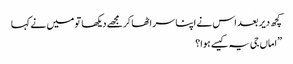
کچھ دیر بعد اس نے اپنا سر اٹھا کرمجھے دیکھا تو میں نے کہا
”اماں جی یہ کیسے ہوا؟